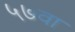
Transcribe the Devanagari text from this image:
५७वा